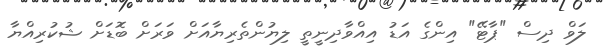
ލަވް ދިސް "ޕާޓޭ" އިންގެ އަޑު އިއްވާދިނީތީ ލިޔުންތެރިޔާއަށް ވަރަށް ބޮޑަށް ޝުކުރިއްޔާ